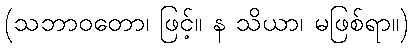
(သဘာဝတော၊ ဖြင့်။ န သိယာ၊ မဖြစ်ရာ။)